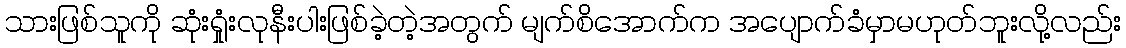
သားဖြစ်သူကို ဆုံးရှုံးလုနီးပါးဖြစ်ခဲ့တဲ့အတွက် မျက်စိအောက်က အပျောက်ခံမှာမဟုတ်ဘူးလို့လည်း